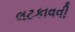
લટકાવવી